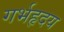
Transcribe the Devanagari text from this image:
गर्भहृदय